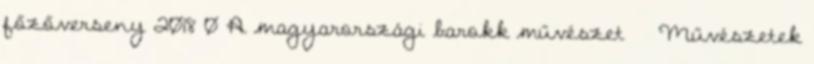
főzőverseny 2018 0 A magyarországi barokk művészet Művészetek